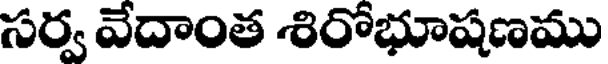
సర్వ వేదాంత శిరోభూషణము